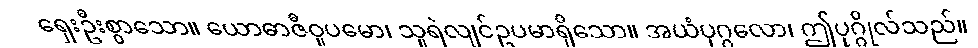
ရှေးဦးစွာသော။ ယောဓာဇီဝူပမော၊ သူရဲလျင်ဥပမာရှိသော။ အယံပုဂ္ဂလော၊ ဤပုဂ္ဂိုလ်သည်။